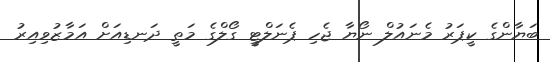
ބަޔާންގެ ކީޕަރު މެނައުލް ނޯޔާ ޖެހި ޕެނަލްޓީ ގޯލްގެ މަތީ ދަނޑިއަށް އަމާޒުވިއިރު